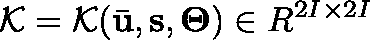
\mathcal { K } = \mathcal { K } ( \bar { \mathbf { u } } , \mathbf { s } , \mathbf { \Theta } ) \in \mathbb { R } ^ { 2 I \times 2 I }